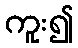
ကူး၍